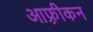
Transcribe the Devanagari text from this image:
आफ़्रीकन